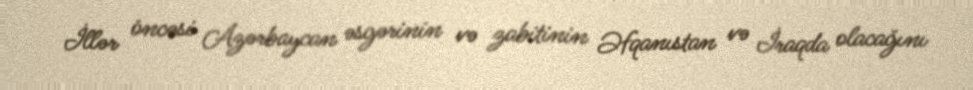
İllər öncəsi Azərbaycan əsgərinin və zabitinin Əfqanıstan və İraqda olacağını